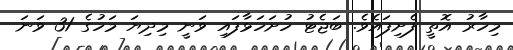
މިހާރު އޮތީ ފެށިފައެވެ. ބަޖެޓު ހުށަހަޅާފައި ވަނީ މިދިޔަ މަހުގެ 31 ވަނަ